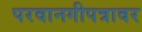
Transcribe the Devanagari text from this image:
परवानगीपत्रावर